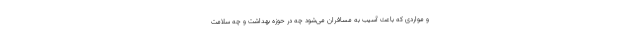
و مواردی که باعث آسیب به مسافران می‌شود چه در حوزه بهداشت و چه سلامت